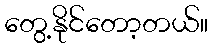
တွေ့နိုင်တော့တယ်။